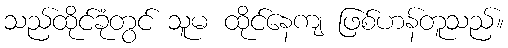
သည်ထိုင်ခုံတွင် သူမ ထိုင်နေကျ ဖြစ်ဟန်တူသည်။